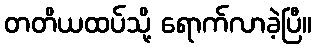
တတိယထပ်သို့ ရောက်လာခဲ့ပြီ။